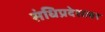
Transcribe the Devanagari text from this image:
संधिप्रदेशावर